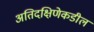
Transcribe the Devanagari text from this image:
अतिदक्षिणेकडील